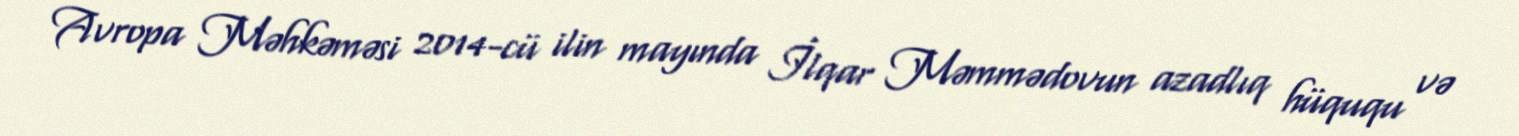
Avropa Məhkəməsi 2014-cü ilin mayında İlqar Məmmədovun azadlıq hüququ və